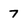
Character: 7